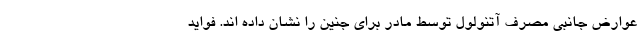
عوارض جانبی مصرف آتنولول توسط مادر برای جنین را نشان داده اند. فواید